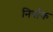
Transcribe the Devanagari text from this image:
निर्वाक